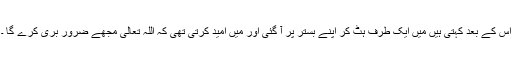
اس کے بعد کہتی ہیں مَیں ایک طرف ہٹ کر اپنے بستر پر آ گئی اور مَیں امید کرتی تھی کہ اللہ تعالیٰ مجھے ضرور بَری کرے گا ۔